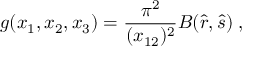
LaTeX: g ( x _ { 1 } , x _ { 2 } , x _ { 3 } ) = \frac { \pi ^ { 2 } } { ( x _ { 1 2 } ) ^ { 2 } } B ( \hat { r } , \hat { s } ) \; ,